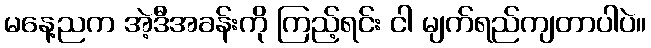
မနေ့ညက အဲ့ဒီအခန်းကို ကြည့်ရင်း ငါ မျက်ရည်ကျတာပါပဲ။